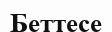
Беттесе